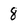
Character: 8